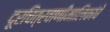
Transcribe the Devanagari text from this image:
दूरचित्रवाणीमालिकांचे